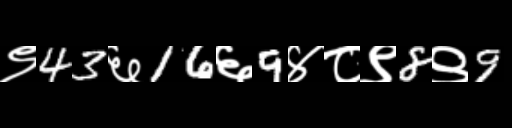
Text: ९43६16६9४८९8९9